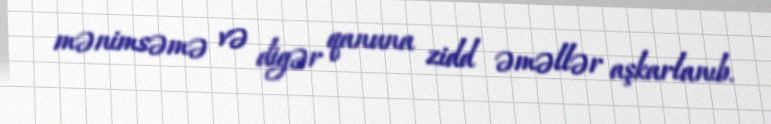
mənimsəmə və digər qanuna zidd əməllər aşkarlanıb.